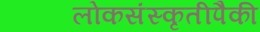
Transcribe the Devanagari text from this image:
लोकसंस्कृतीपैकी